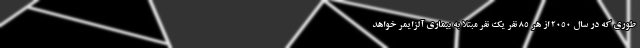
طوری که در سال ‌۲۰۵۰ از هر ۸۵ نفر یک نفر مبتلا به بیماری آلزایمر خواهد